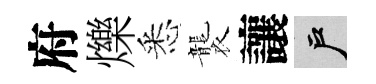
府爍悉襲讓户